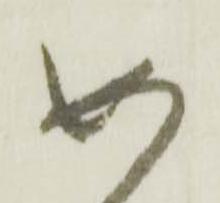
如